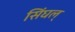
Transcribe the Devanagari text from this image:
सिंघल्